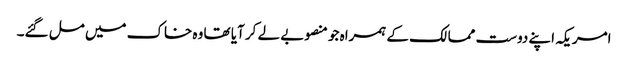
امریکہ اپنے دوست ممالک کے ہمراہ جو منصوبے لے کر آیا تھا وہ خاک میں مل گئے۔